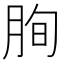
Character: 𦚧